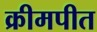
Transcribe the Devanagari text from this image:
क्रीमपीत